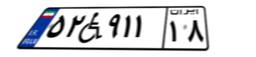
۵۲W۹۱۱۱۸